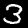
Label: 3